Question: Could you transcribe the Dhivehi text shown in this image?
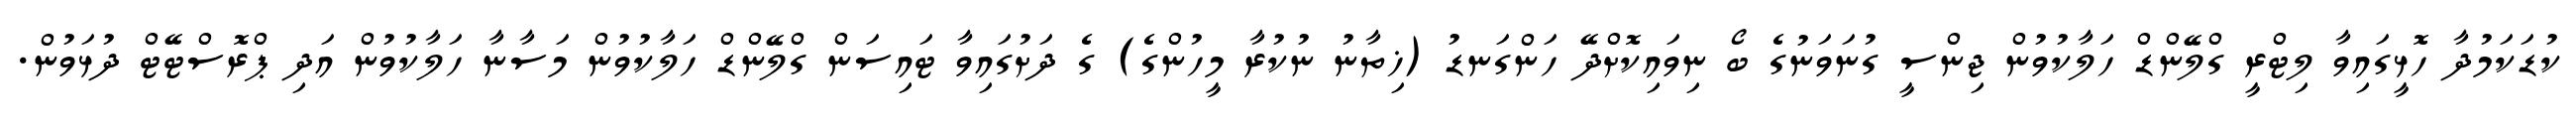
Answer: ކުޑަކަމުދާ ހޮޅީގައިވާ ލިޓްރީ ގްލޭންޑް ހަލާކުވުން ޖިންސީ ގުނަވަނުގެ ބޯ ނިވައިކޮށްދޭ ހަންގަނޑު (ޚިތާނު ނުކުރާ މީހުންގެ) ގެ ދަށުގައިވާ ޓައިސަން ގްލޭންޑް ހަލާކުވުން މަސާނާ ހަލާކުވުން އަދި ޕްރޮސްޓޭޓް ދުޅަވުން.